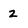
Character: 2